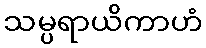
သမ္ပရာယိကာဟံ